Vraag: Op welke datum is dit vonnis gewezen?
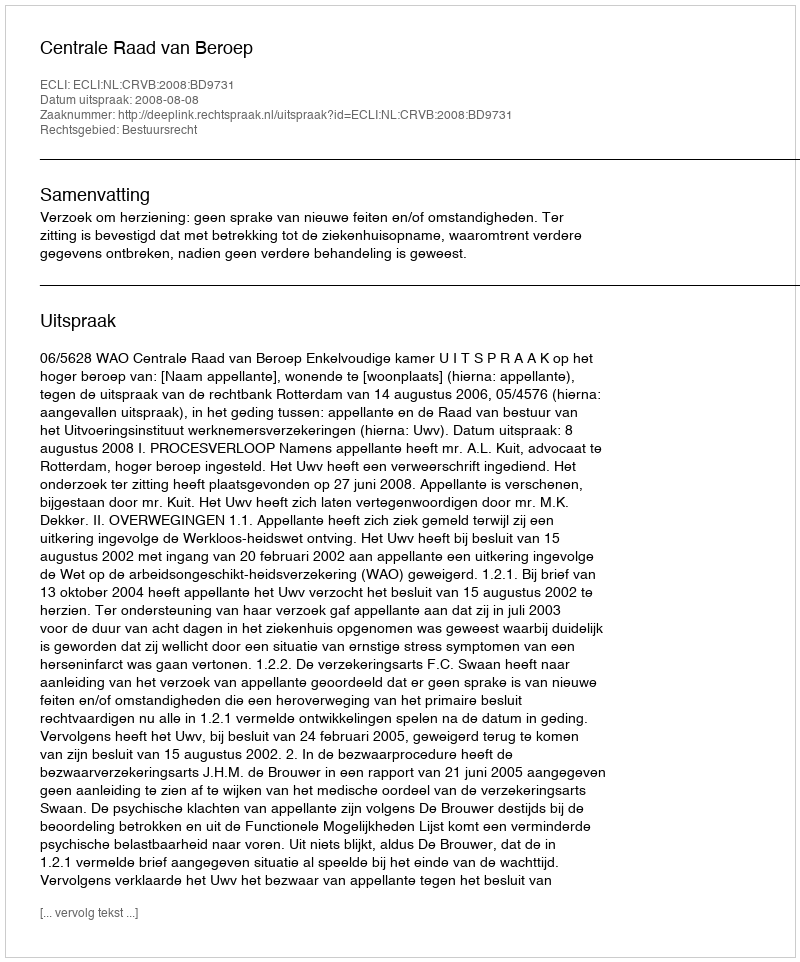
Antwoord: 2008-08-08